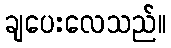
ချပေးလေသည်။